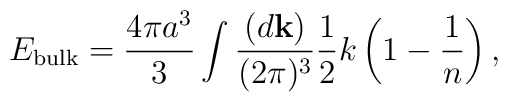
E_{\rm bulk}={4\pi a^3\over3}\int{(d{\bf k})\over(2\pi)^3}{1\over2}k\left(1-{1\over n}\right),